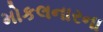
મોકલનારના